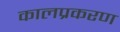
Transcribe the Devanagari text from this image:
कालप्रकरण